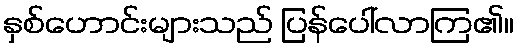
နှစ်ဟောင်းများသည် ပြန်ပေါ်လာကြ၏။